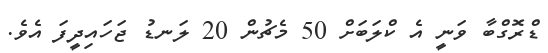
ޑްރޮގްބާ ވަނީ އެ ކްލަބަށް 50 މެޗުން 20 ލަނޑު ޖަހައިދީފަ އެވެ.